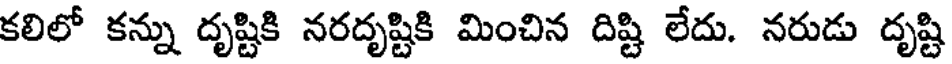
కలిలో కన్ను దృష్టికి నరదృష్టికి మించిన దిష్టి లేదు. నరుడు దృష్టి